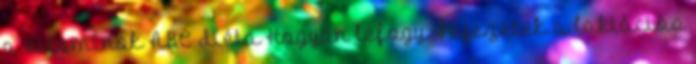
a vitaminok ABC diéta Hogyan lefogy. Fejezetek a laktációs